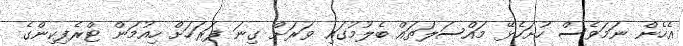
އެހެން ނަމަވެސް ހުށަހެޅޭ މައްސަލަތައް ބެލުމުގައި ވަރަށް ގިނަ ފަރަހަށް ހިއުމަން ޓްރެފިކިންގެ